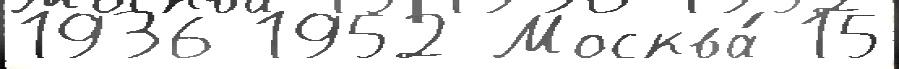
1936 1952 Москва́ 15